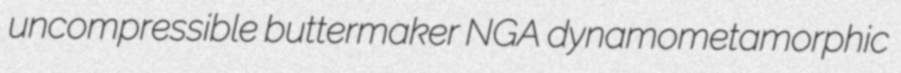
uncompressible buttermaker NGA dynamometamorphic